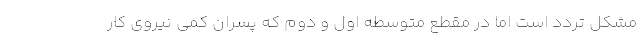
مشکل تردد است اما در مقطع متوسطه اول و دوم که پسران کمی نیروی کار